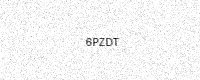
Text: 6PZDT